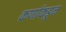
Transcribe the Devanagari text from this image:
कर्णाकडून